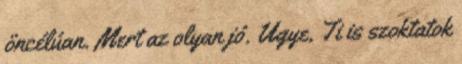
öncélúan. Mert az olyan jó. Ugye, Ti is szoktatok